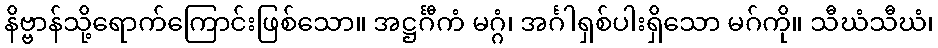
နိဗ္ဗာန်သို့ရောက်ကြောင်းဖြစ်သော။ အဋ္ဌင်္ဂီကံ မဂ္ဂံ၊ အင်္ဂါရှစ်ပါးရှိသော မဂ်ကို။ သီဃံသီဃံ၊